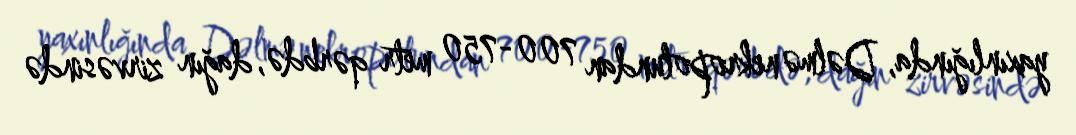
yaxınlığında, Dəlmə nekropolundan 700-750 metr qərbdə, dağın zirvəsində